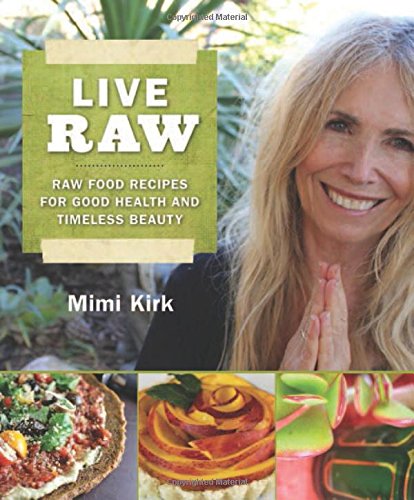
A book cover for Live Raw: Raw Food Recipes for Good Health and Timeless Beauty; Mimi Kirk; Cookbooks, Food & Wine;